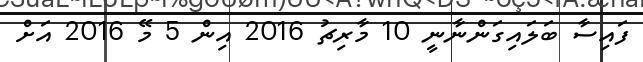
ފައިސާ ބަލައިގަންނާނީ 10 މާރިޗު 2016 އިން 5 މޭ 2016 އަށް